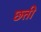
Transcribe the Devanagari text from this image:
छत्ती